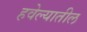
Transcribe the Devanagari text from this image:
हवेल्यातील